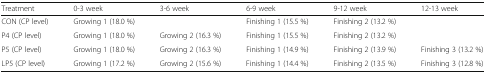
<table><thead><tr><td><b>Treatment</b></td><td><b>0-3 week</b></td><td><b>3-6 week</b></td><td><b>6-9 week</b></td><td><b>9-12 week</b></td><td><b>12-13 week</b></td></tr></thead><tbody><tr><td>CON (CP level)</td><td colspan="2">Growing 1 (18.0 %)</td><td>Finishing 1 (15.5 %)</td><td colspan="2">Finishing 2 (13.2 %)</td></tr><tr><td>P4 (CP level)</td><td>Growing 1 (18.0 %)</td><td>Growing 2 (16.3 %)</td><td>Finishing 1 (15.5 %)</td><td colspan="2">Finishing 2 (13.2 %)</td></tr><tr><td>P5 (CP level)</td><td>Growing 1 (18.0 %)</td><td>Growing 2 (16.3 %)</td><td>Finishing 1 (14.9 %)</td><td>Finishing 2 (13.9 %)</td><td>Finishing 3 (13.2 %)</td></tr><tr><td>LP5 (CP level)</td><td>Growing 1 (17.2 %)</td><td>Growing 2 (15.6 %)</td><td>Finishing 1 (14.4 %)</td><td>Finishing 2 (13.5 %)</td><td>Finishing 3 (12.8 %)</td></tr></tbody></table>